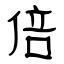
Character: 倍